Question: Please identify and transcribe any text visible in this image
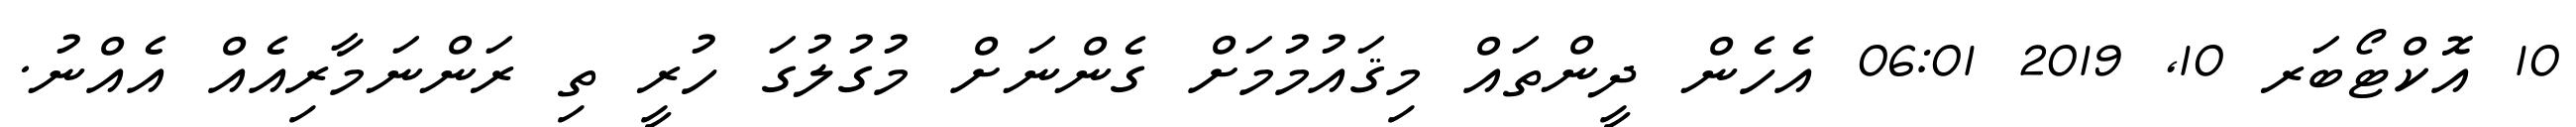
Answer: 10 އޮކްޓޯބަރ 10, 2019 06:01 އެހެން ދީންތައް މިޤައުމުމަށް ގެންނަށް މުގުލުގަ ހުރީ ތި ރަންނަމާރިއެއް އެއްނު.